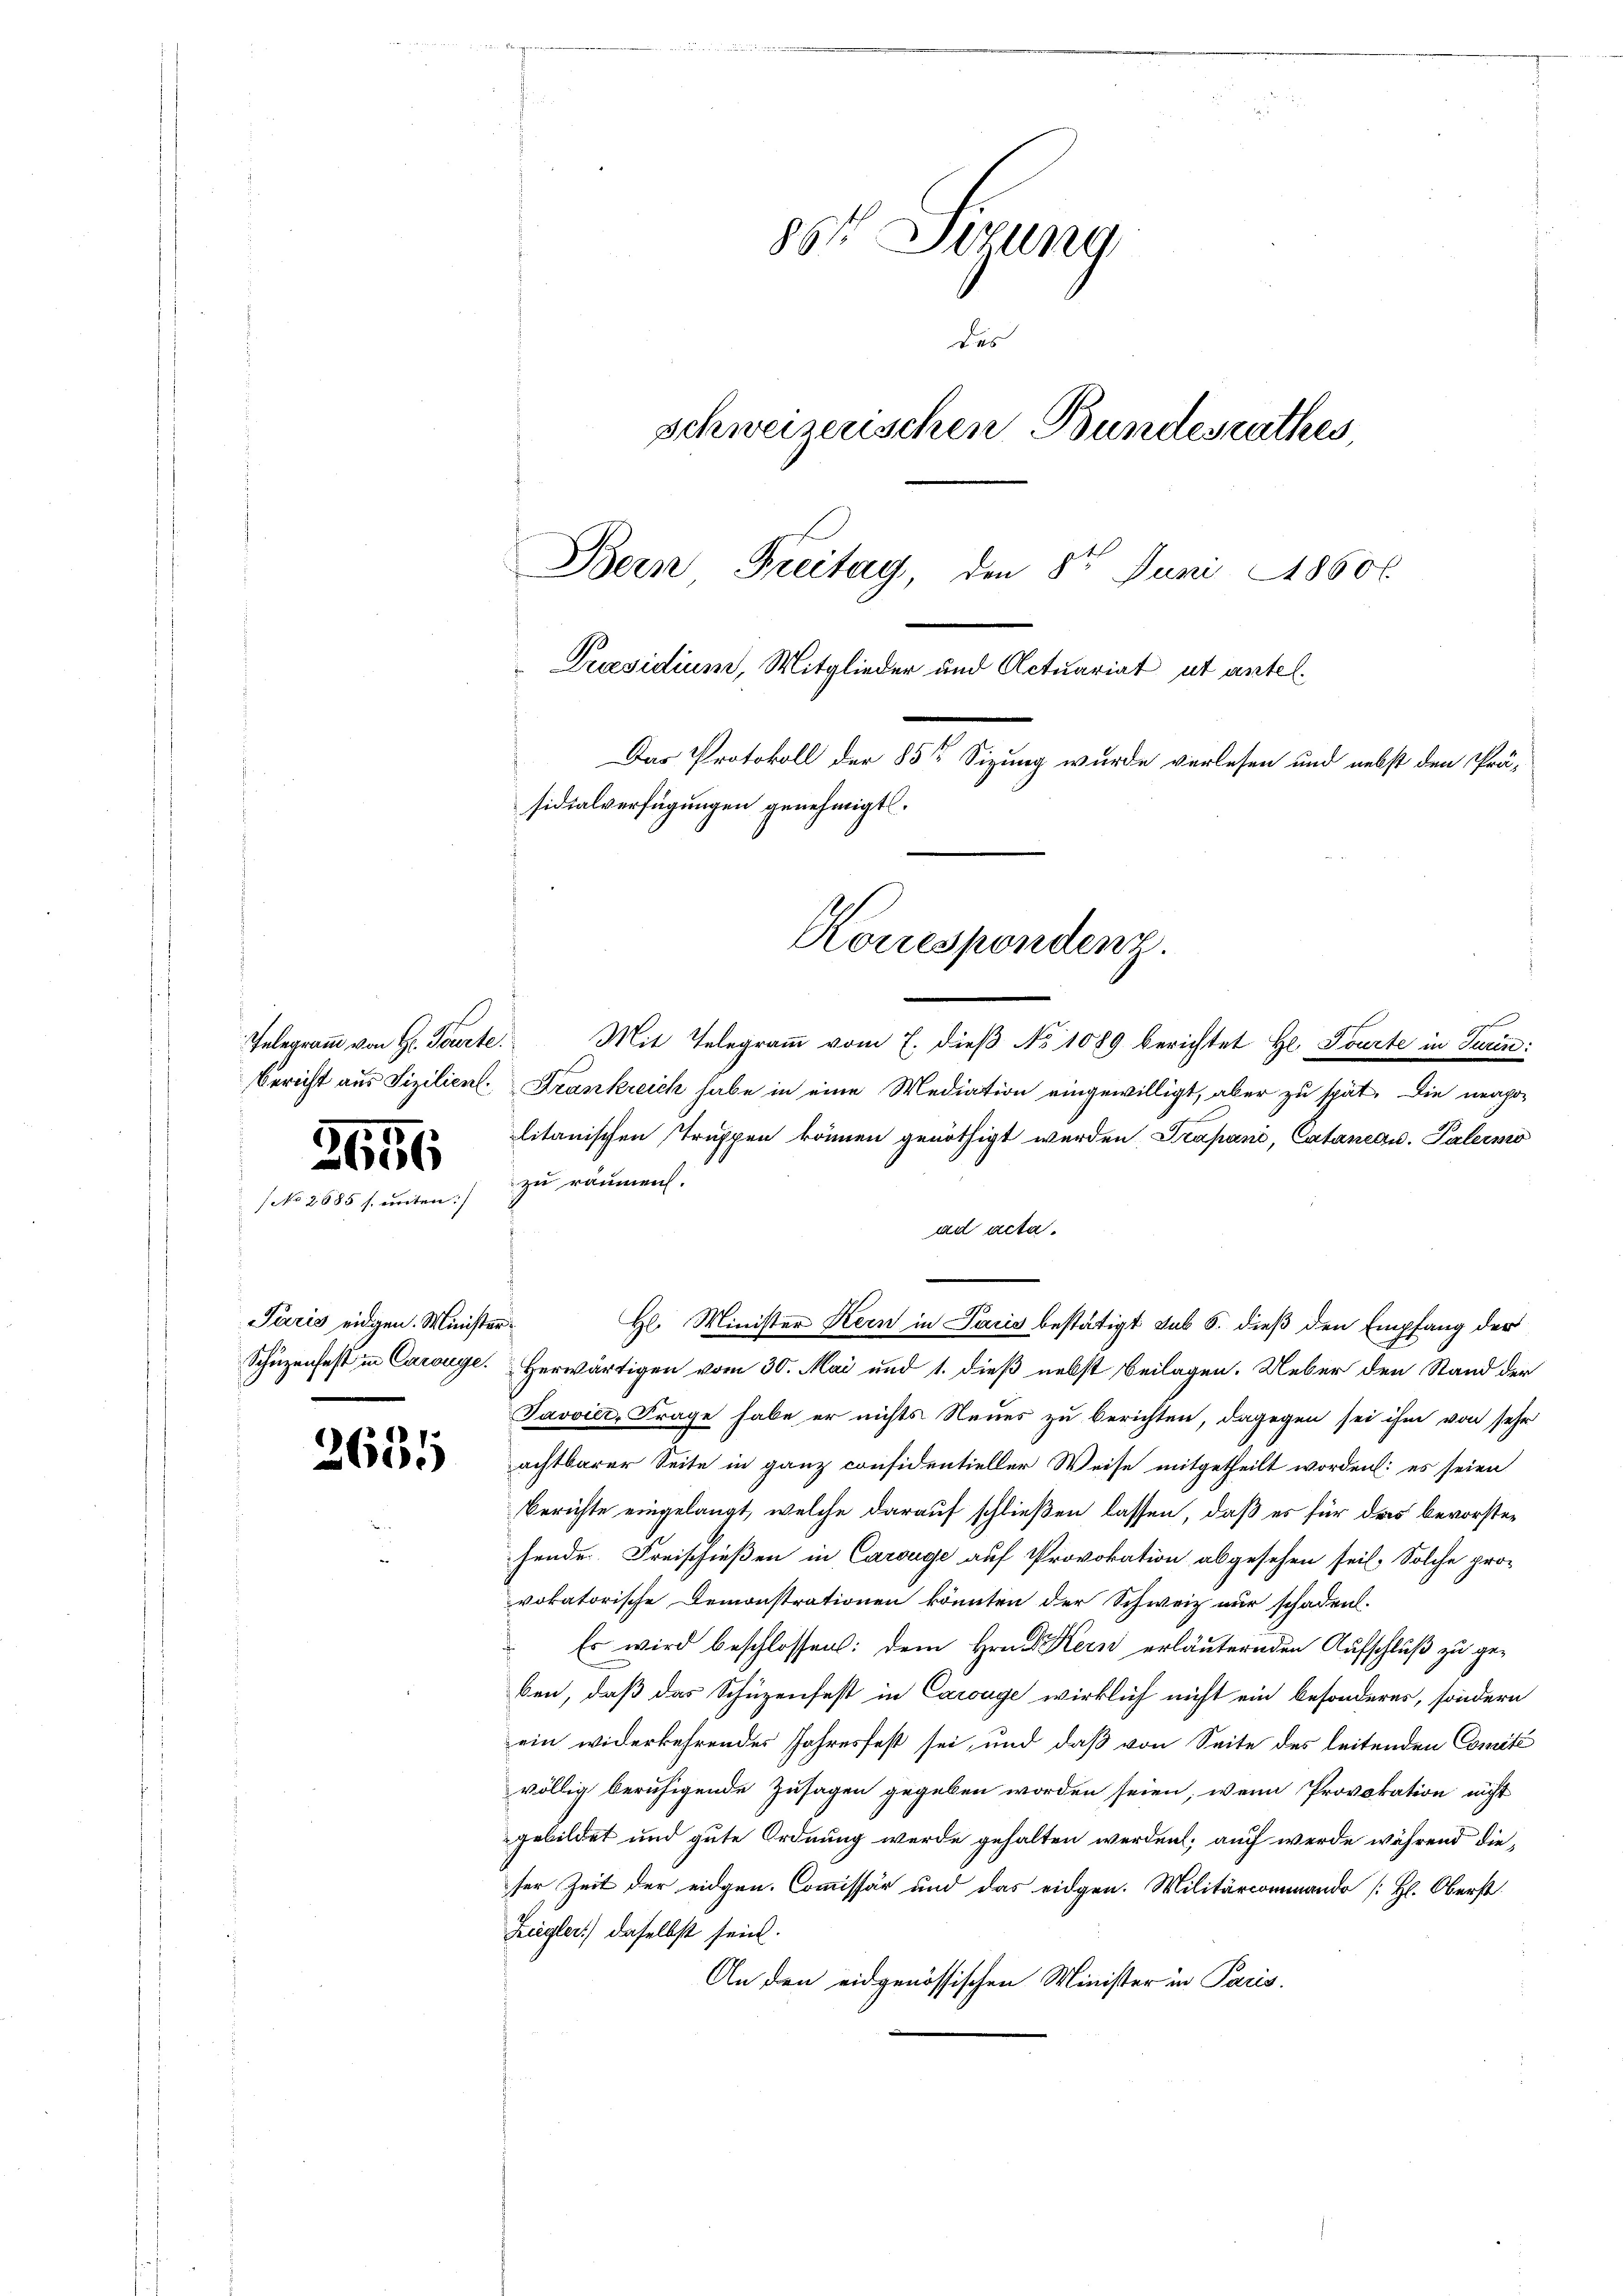
Bericht aus Lizilient.

2656
No 2685 f. unten.

Paris eidgen. Ministe
Schüzenfest in Carouge.

2635

86 Sizung
Das
schweizerischen Bundesrathes,
Bern Freitag, den 8ten Juni 18606.
Präsidium, Mitglieder und Actuariat ut antel¬
Das Protokoll der 85 Sizung wurde verlesen und nebst den Präsidialverfügungen genehmigt.

Krankreich habe in eine Mediation eingewilligt, aber zu spät. Die neapo-
litanischen Truppen können genöthigt werden Trapani, Cataneau. Palermo
zu räumen.
ad acta.
.
H. Minister Kern in Paris bestätigt sub 6. dieß den Empfang der
Herwärtigen vom 30. Mai und 1. dieß nebst Beilagen. Ueber den Stand der
Javoier, Frage habe er nichts Neues zu berichten, dagegen sei ihm von sehr
achtbarer Seite in ganz considentieller Weise mitgetheilt worden: es seien
berichte eingelangt, welche darauf schließen lassen, daß es für das bevorstehende Freischießen in Carouge auf Provokation abgesehen sei. Solche pro-
vokatorische Demonstrationen könnten der Schweiz nur schaden.
Es wird beschlossen: dem Hrn. Kern erläuternden Aufschluß zu geben, daß das Schüzenfest in Cawage wirklich nicht ein besonderes, sondern
ein widerkehrendes Jahresfest sei, und daß von Seite des leitenden Comité
völlig beruhigende Zusagen gegeben worden seien, wenn Provokation nicht
gebildet und gute Ordnung werde gehalten werden; auch werde während dieser Zeit der eidgen. Commissär und das eidgen. Militärcommando [H. Oberst
Ziegler) daselbst sein.
An den eidgenössischen Minister in Paris,

Kouespondenz.
.
Telegramm von Hr. Tourte. Mit Telegramm vom 7. dieß No 1089 berichtet Hr. Tourte in Turin: